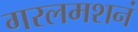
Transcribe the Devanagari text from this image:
गरलमशनं